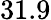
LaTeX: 31.9